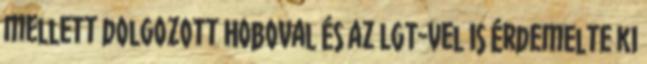
mellett dolgozott Hoboval és az LGT-vel is érdemelte ki